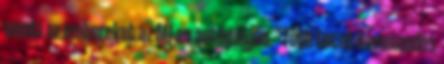
menti az embereket az M1-es autópályán. "Több tucat kommandós